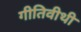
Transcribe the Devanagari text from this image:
गीतिवीथी